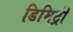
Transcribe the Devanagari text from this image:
डिमिट्री